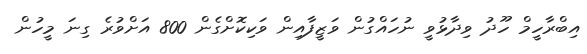
އިބްރާހީމް ހޫދު ވިދާޅުވީ ނުހައްގުން ވަޒީފާއިން ވަކިކޮށްގެން 800 އަށްވުރެ ގިނަ މީހުން